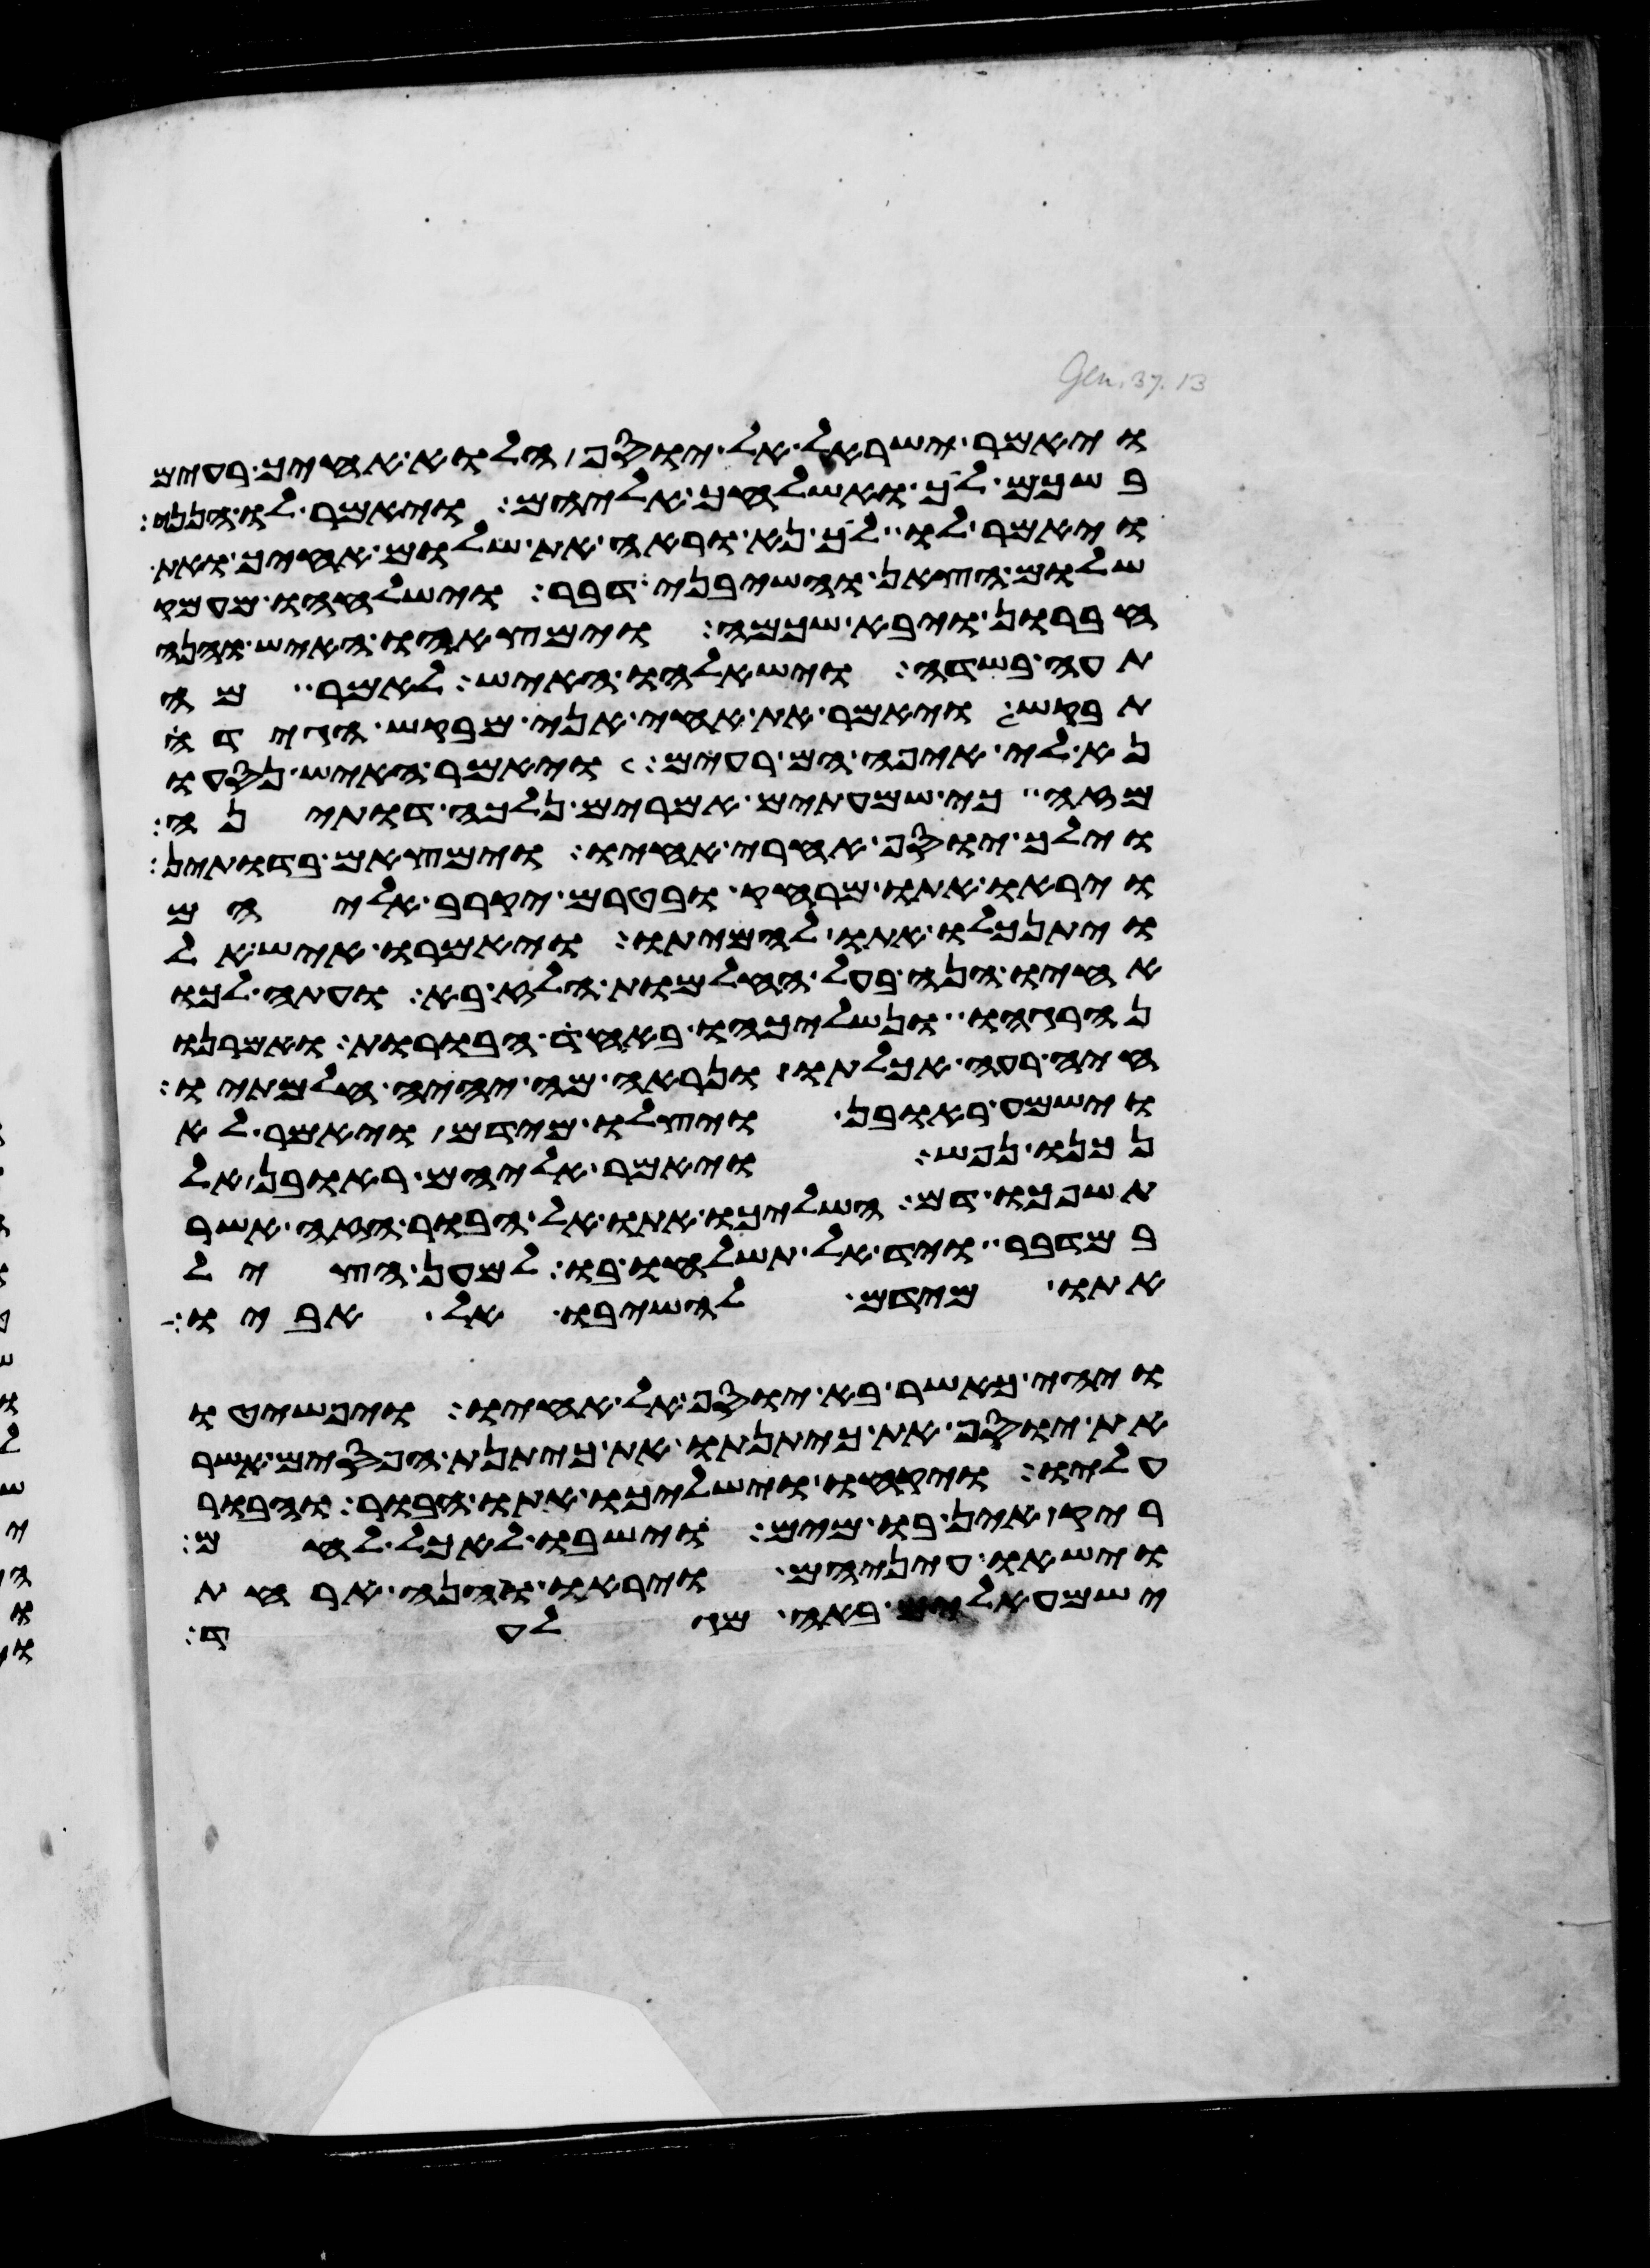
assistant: ויאמר ישראל אל יוסף הלוא אחיך רעים
בשכם לך ואשלחך אליהם ויאמר לו הנני
ויאמר לו לך נא וראה את שלום אחיך ואת
שלום הצאן והשבני דבר וישלחהו מעמק
חברון ויבא שכמה וימצאהו האיש והנה
תעה בשדה וישאלהו האיש לאמר מה
תבקש ויאמר את אחי אני מבקש הגידה
נא לי איפה הם רעים ויאמר האיש נסעו
מזה כי שמעתים אמרים נלכה דותינה
וילך יוסף אחרי אחיו וימצאם בדותין
ויראו אתו מרחק בטרם יקרב אליהם
ויתנכלו אתו להמיתו ויאמרו איש אל
אחיו הנה בעל החלמות הלז בא ועתה לכו
ונהרגהו ונשליכהו באחד הבורות ואמרנו
חיה רעה אכלתו ונראה מה יהיה חלמתיו
וישמע ראובן ויצלו מידם ויאמר לא
נכנו נפש ויאמר אליהם ראובן אל
תשפכו דם השליכו אתו אל הבור הזה אשר
במדבר ויד אל תשלחו בו למען הציל
אתו מידם להשיבו אל אביו
ויהי כאשר בא יוסף אל אחיו ויפשטו
את יוסף את כיתנתו את כיתנת הפסים אשר
עליו ויקחו וישלכו אתו הבור והבור
ריק אין בו מים וישבו לאכל לחם
וישאו עיניהם ויראו והנה ארחת
ישמעאלים באה מגלעד